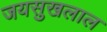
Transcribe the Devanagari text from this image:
जयसुखलाल